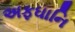
અફઘાનિ